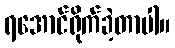
ရအောင်ရိုက်ခဲ့တာပါ။